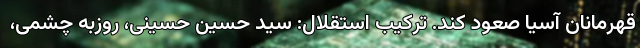
قهرمانان آسیا صعود کند. ترکیب استقلال: سید حسین حسینی، روزبه چشمی،